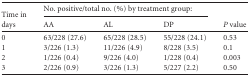
<table><thead><tr><td rowspan="2"><b>Time in days</b></td><td colspan="3"><b>No. positive/total no. (%) by treatment group:</b></td><td rowspan="2"><b><i>P</i> value</b></td></tr><tr><td><b>AA</b></td><td><b>AL</b></td><td><b>DP</b></td></tr></thead><tbody><tr><td>0</td><td>63/228 (27.6)</td><td>65/228 (28.5)</td><td>55/228 (24.1)</td><td>0.53</td></tr><tr><td>1</td><td>3/226 (1.3)</td><td>11/226 (4.9)</td><td>8/228 (3.5)</td><td>0.1</td></tr><tr><td>2</td><td>1/226 (0.4)</td><td>9/226 (4.0)</td><td>1/228 (0.4)</td><td>0.003</td></tr><tr><td>3</td><td>2/226 (0.9)</td><td>3/226 (1.3)</td><td>5/227 (2.2)</td><td>0.50</td></tr></tbody></table>